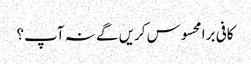
کافی برا محسوس کریں گے نہ آپ؟